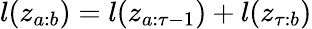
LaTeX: l(z_{a:b})=l(z_{a:\tau-1})+l(z_{\tau:b})